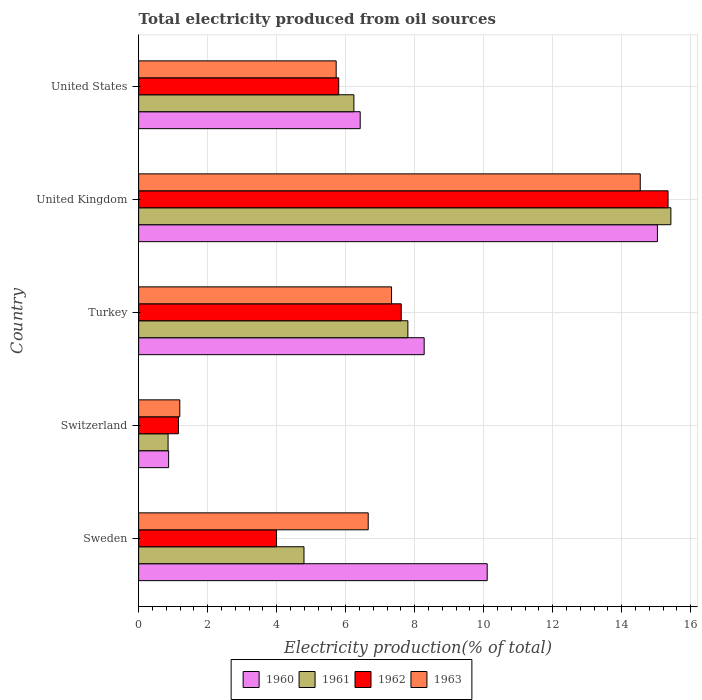
| Country | 1960 | 1961 | 1962 | 1963 |
 | --- | --- | --- | --- | --- |
 | Sweden | 10.1 | 4.79 | 4 | 6.66 |
 | Switzerland | 0.87 | 0.854 | 1.15 | 1.19 |
 | Turkey | 8.28 | 7.8 | 7.61 | 7.33 |
 | United Kingdom | 15 | 15.4 | 15.3 | 14.5 |
 | United States | 6.42 | 6.24 | 5.8 | 5.73 |